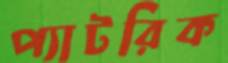
প্যাটরিক